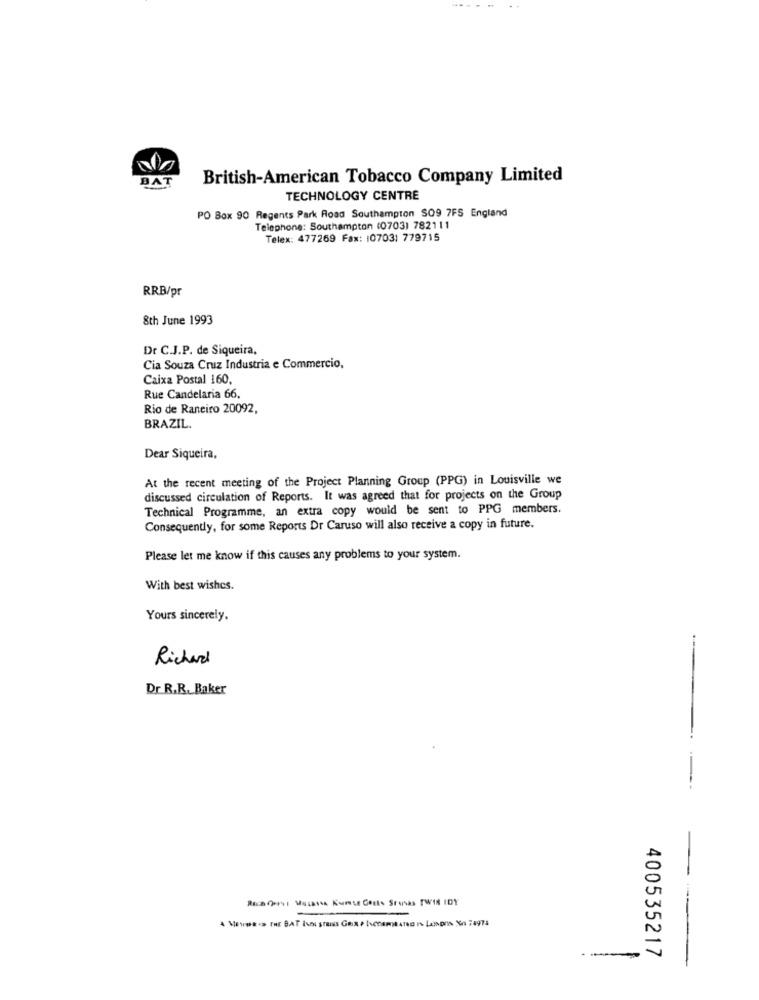
BAT
British-American Tobacco Company Limited
TECHNOLOGY CENTRE
PO Box 90 Regents Park Road Southampton S09 7FS England
Telephone: Southampton (0703) 782111
Telex: 477269 Fax: 10703: 779715
RRB/pr
8th June 1993
Dr C.J.P. de Siqueira,
Cia Souza Cruz Industria e Commercio.
Caixa Postal 160,
Rue Candelaria 66,
Rio de Raneiro 20092,
BRAZIL.
Dear Siqueira,
At the recent meeting of the Project Planning Group (PPG) in Louisville we
discussed circulation of Reports. It was agreed that for projects on the Group
Technical Programme, an extra copy would be sent to PPG members.
Consequently, for some Reports Dr Caruso will also receive a copy in future.
Please let me know if this causes any problems to your system.
With best wishes.
Yours sincerely,
Richard
Dr. R.R. Baker
Rich Oursi MULatsA Kurse Costs Srosas TWIN IDY
400535217